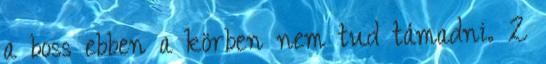
a boss ebben a körben nem tud támadni. 2